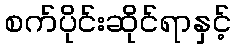
စက်ပိုင်းဆိုင်ရာနှင့်